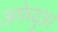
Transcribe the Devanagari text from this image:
अमेच्युअर